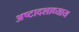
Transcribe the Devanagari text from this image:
अष्टादशाध्याय